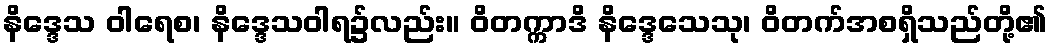
နိဒ္ဒေသ ဝါရေစ၊ နိဒ္ဒေသဝါရ၌လည်း။ ဝိတက္ကာဒိ နိဒ္ဒေသေသု၊ ဝိတက်အစရှိသည်တို့၏